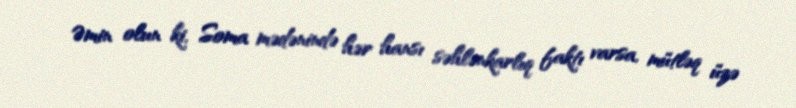
Əmin olun ki, Soma mədənində hər hansı səhlənkarlıq faktı varsa, mütləq üzə